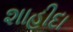
શાહીદા